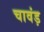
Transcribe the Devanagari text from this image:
चावंड़